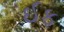
ઈફ